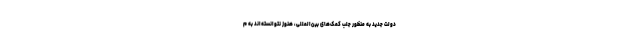
دولت جدید به منظور جلب کمک‌های بین‌المللی، هنوز نتوانسته‌اند به م